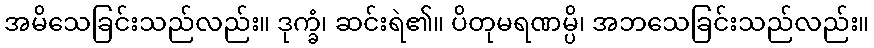
အမိသေခြင်းသည်လည်း။ ဒုက္ခံ၊ ဆင်းရဲ၏။ ပိတုမရဏမ္ပိ၊ အဘသေခြင်းသည်လည်း။